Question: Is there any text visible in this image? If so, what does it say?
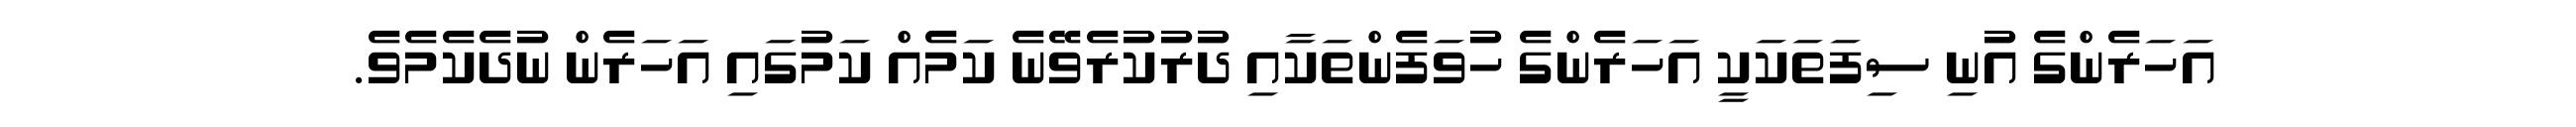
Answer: އަހަރެންގެ އުނި ސިފަތަކަކީ އަހަރެންގެ ހުވަފެންތަކާއި ދުރުކުރެވޭނެ ކަމެއް ކަމުގައި އަހަރެން ނުދެކެމެވެ.